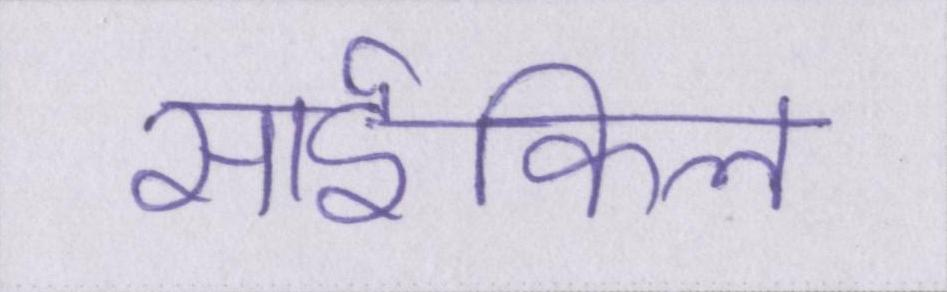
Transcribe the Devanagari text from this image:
साईकिल